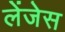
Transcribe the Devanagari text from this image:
लेंजेस